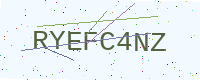
Text: RYEFC4NZ